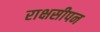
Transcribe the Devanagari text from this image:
राक्षसीपन